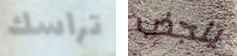
تراسك ينجذب